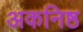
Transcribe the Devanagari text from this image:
अकनिष्ठ